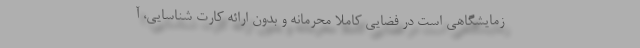
زمایشگاهی است در فضایی کاملا محرمانه و بدون ارائه کارت شناسایی، آ